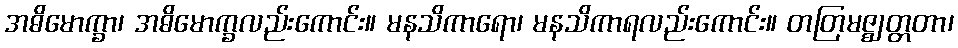
အဓိမောက္ခာ၊ အဓိမောက္ခလည်းကောင်း။ မနသိကာရော၊ မနသိကာရလည်းကောင်း။ တတြမဇ္ဈတ္တတာ၊